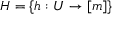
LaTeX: H = \{ h : U \to [ m ] \}